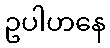
ဥပါဟနေ